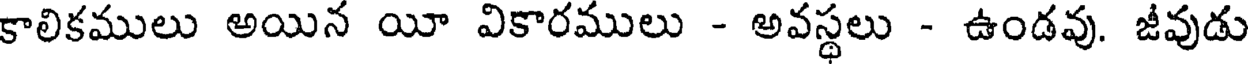
కాలికములు అయిన యీ వికారములు - అవస్థలు - ఉండవు. జీవుడు